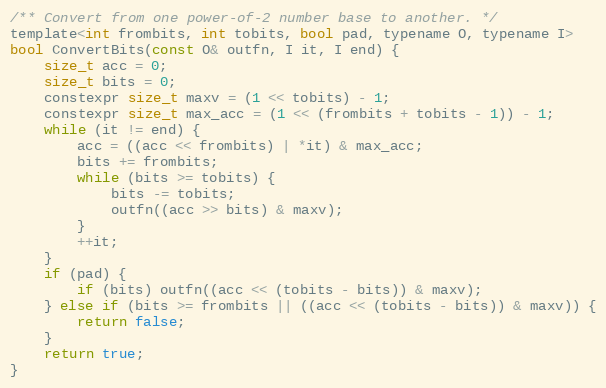
Language: C
/** Convert from one power-of-2 number base to another. */
template<int frombits, int tobits, bool pad, typename O, typename I>
bool ConvertBits(const O& outfn, I it, I end) {
    size_t acc = 0;
    size_t bits = 0;
    constexpr size_t maxv = (1 << tobits) - 1;
    constexpr size_t max_acc = (1 << (frombits + tobits - 1)) - 1;
    while (it != end) {
        acc = ((acc << frombits) | *it) & max_acc;
        bits += frombits;
        while (bits >= tobits) {
            bits -= tobits;
            outfn((acc >> bits) & maxv);
        }
        ++it;
    }
    if (pad) {
        if (bits) outfn((acc << (tobits - bits)) & maxv);
    } else if (bits >= frombits || ((acc << (tobits - bits)) & maxv)) {
        return false;
    }
    return true;
}